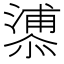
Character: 𪬬